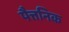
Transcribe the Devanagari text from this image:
पैत्तनिक